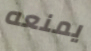
يمنعه